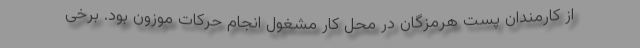
از کارمندان پست هرمزگان در محل کار مشغول انجام حرکات موزون بود. برخی